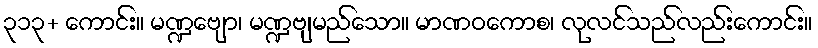
၃၁၃+ ကောင်း။ မဏ္ဍဗျော၊ မဏ္ဍဗျမည်သော။ မာဏဝကောစ၊ လုလင်သည်လည်းကောင်း။